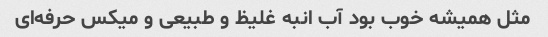
مثل همیشه خوب بود آب انبه غلیظ و طبیعی و میکس حرفه‌ای